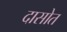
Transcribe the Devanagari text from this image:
दासोत